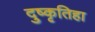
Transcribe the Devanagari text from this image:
दुष्कृतिहा